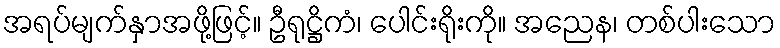
အရပ်မျက်နှာအဖို့ဖြင့်။ ဦရုဋ္ဌိကံ၊ ပေါင်းရိုးကို။ အညေန၊ တစ်ပါးသော